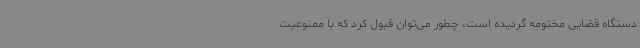
دستگاه قضایی مختومه گردیده است، چطور می‌توان قبول کرد که با ممنوعیت